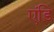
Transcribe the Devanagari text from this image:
एंडि